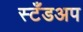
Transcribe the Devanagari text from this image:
स्टँडअप